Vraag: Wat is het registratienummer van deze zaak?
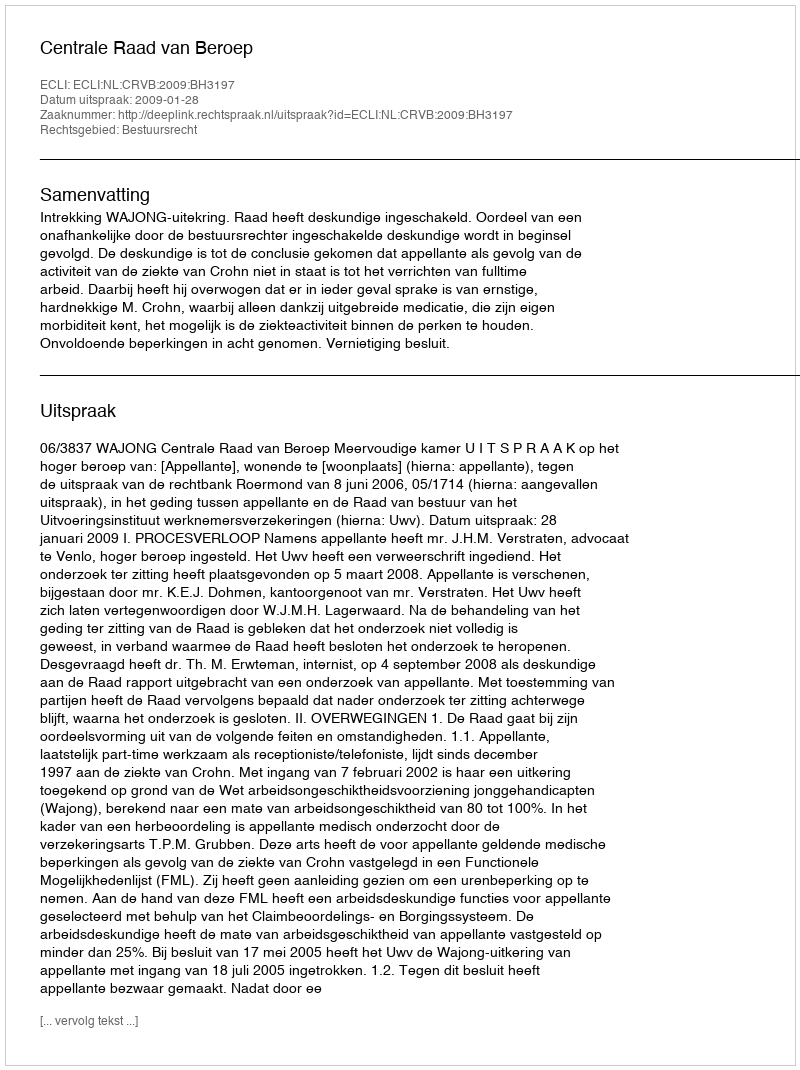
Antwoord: http://deeplink.rechtspraak.nl/uitspraak?id=ECLI:NL:CRVB:2009:BH3197